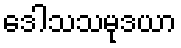
ဒေါသသမုဒယာ